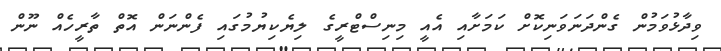
ވިދާޅުވަމުން ގެންދަނަވަނިކޮށް ކަމަށާއި އެއީ މިނިސްޓްރީގެ ލިޔެކިޔުމުގައި ފެންނަން އޮތް ތާރީހެއް ނޫން